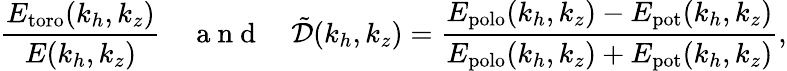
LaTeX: \frac{E_{\mathrm{toro}}(k_{h},k_{z})}{E(k_{h},k_{z})}~~~~\mathrm{~a~n~d~}~~~~\tilde{\mathcal{D}}(k_{h},k_{z})=\frac{E_{\mathrm{polo}}(k_{h},k_{z})-E_{\mathrm{pot}}(k_{h},k_{z})}{E_{\mathrm{polo}}(k_{h},k_{z})+E_{\mathrm{pot}}(k_{h},k_{z})},